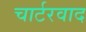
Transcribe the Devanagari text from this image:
चार्टरवाद